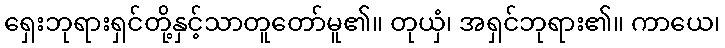
ရှေးဘုရားရှင်တို့နှင့်သာတူတော်မူ၏။ တုယှံ၊ အရှင်ဘုရား၏။ ကာယေ၊